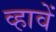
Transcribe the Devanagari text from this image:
व्हावें